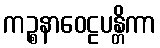
ကဉ္စနာဝေဠပန္တိကာ